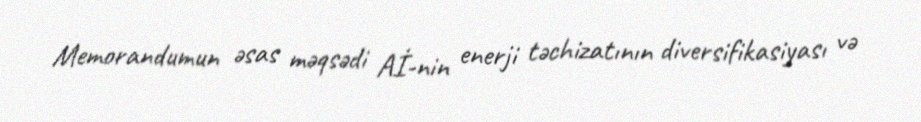
Memorandumun əsas məqsədi Aİ-nin enerji təchizatının diversifikasiyası və